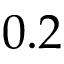
0 . 2